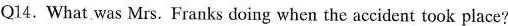
Q14. What was Mrs. Franks doing when the accident took place?